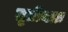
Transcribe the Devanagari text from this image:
तृतीयतः